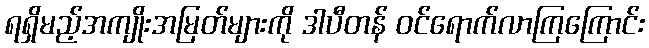
ရရှိမည့်အကျိုးအမြတ်များကို ဒါပီတန် ဝင်ရောက်လာကြကြောင်း